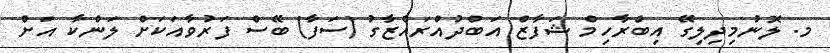
މ. ލޮނުމިދިލިގޭ އިބްރާހިމް ޝަފާޒް އަބްދުއްރައްޒާގު (ސަފާ) ބޭސް ފަރުވާއަކަށް ލަންކާ އަށް